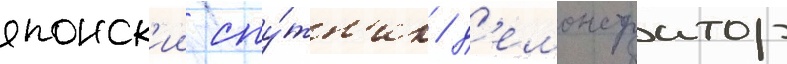
японск'ии спу́тн'ик / д'емонстратор